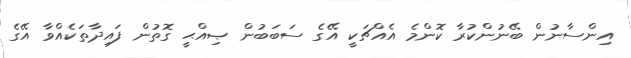
އިންސާނުން ބޭނުންކުރާ ކޮންމެ އެއްޗަކީ އޭގެ ސަބަބުން ޞިއްޙީ ގޮތުން ފައިދާތަކެއްވާ އޭގެ